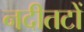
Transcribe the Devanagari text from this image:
नदीतटों